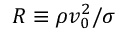
R \equiv \rho v _ { 0 } ^ { 2 } / \sigma